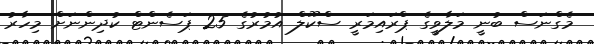
މެގްނަސް ބުނީ މަލާވީގެ ޕްރައިމަރީ ސްކޫލް އުމުރުގެ 25 ޕަސެންޓް ކުދިންނަށް މިހާރު